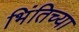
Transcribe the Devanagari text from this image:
भिंतिच्या